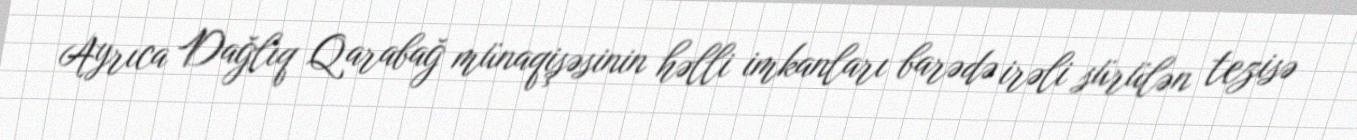
Ayrıca Dağlıq Qarabağ münaqişəsinin həlli imkanları barədə irəli sürülən tezisə